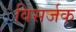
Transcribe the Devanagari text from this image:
विसर्जक